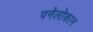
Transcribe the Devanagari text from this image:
पनेलोकान